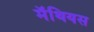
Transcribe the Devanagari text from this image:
मॅथियस